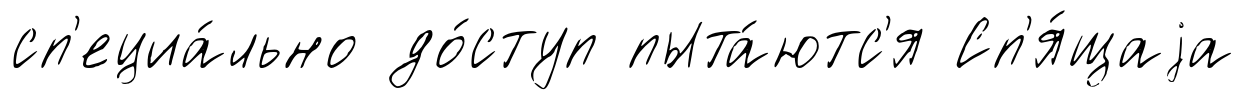
сп'ециа́льно до́ступ пыта́ютс'я Сп'я́щаjа